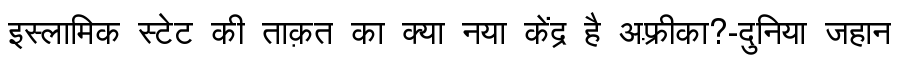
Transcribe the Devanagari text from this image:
इस्लामिक स्टेट की ताक़त का क्या नया केंद्र है अफ़्रीका?-दुनिया जहान